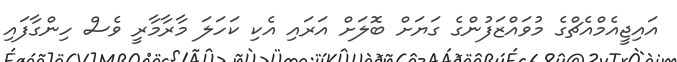
އައިޖީއެމްއެޗްގެ މުވައްޒަފުންގެ ގަޔަށް ބޮލަށް އަރައި އެކި ކަހަލަ މާރާމާރީ ވެސް ހިންގާފައި